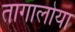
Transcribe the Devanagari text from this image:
तागालोया